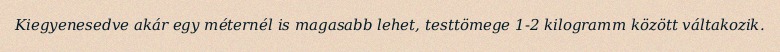
Kiegyenesedve akár egy méternél is magasabb lehet, testtömege 1-2 kilogramm között váltakozik.